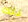
ذلك